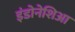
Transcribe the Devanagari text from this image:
इंडोनेशिआ